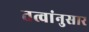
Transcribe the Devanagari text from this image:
तत्वांनुसार